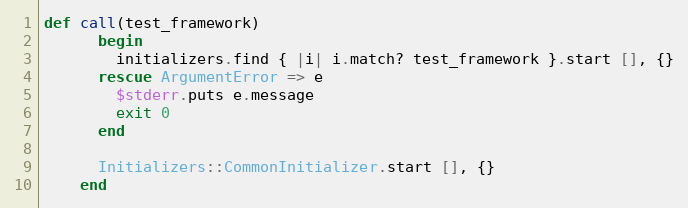
Language: Ruby
def call(test_framework)
      begin
        initializers.find { |i| i.match? test_framework }.start [], {}
      rescue ArgumentError => e
        $stderr.puts e.message
        exit 0
      end

      Initializers::CommonInitializer.start [], {}
    end